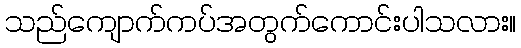
သည်ကျောက်ကပ်အတွက်ကောင်းပါသလား။